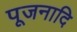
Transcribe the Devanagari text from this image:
पूजनादि